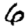
Digit: 6